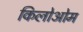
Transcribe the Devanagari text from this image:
किलोओम